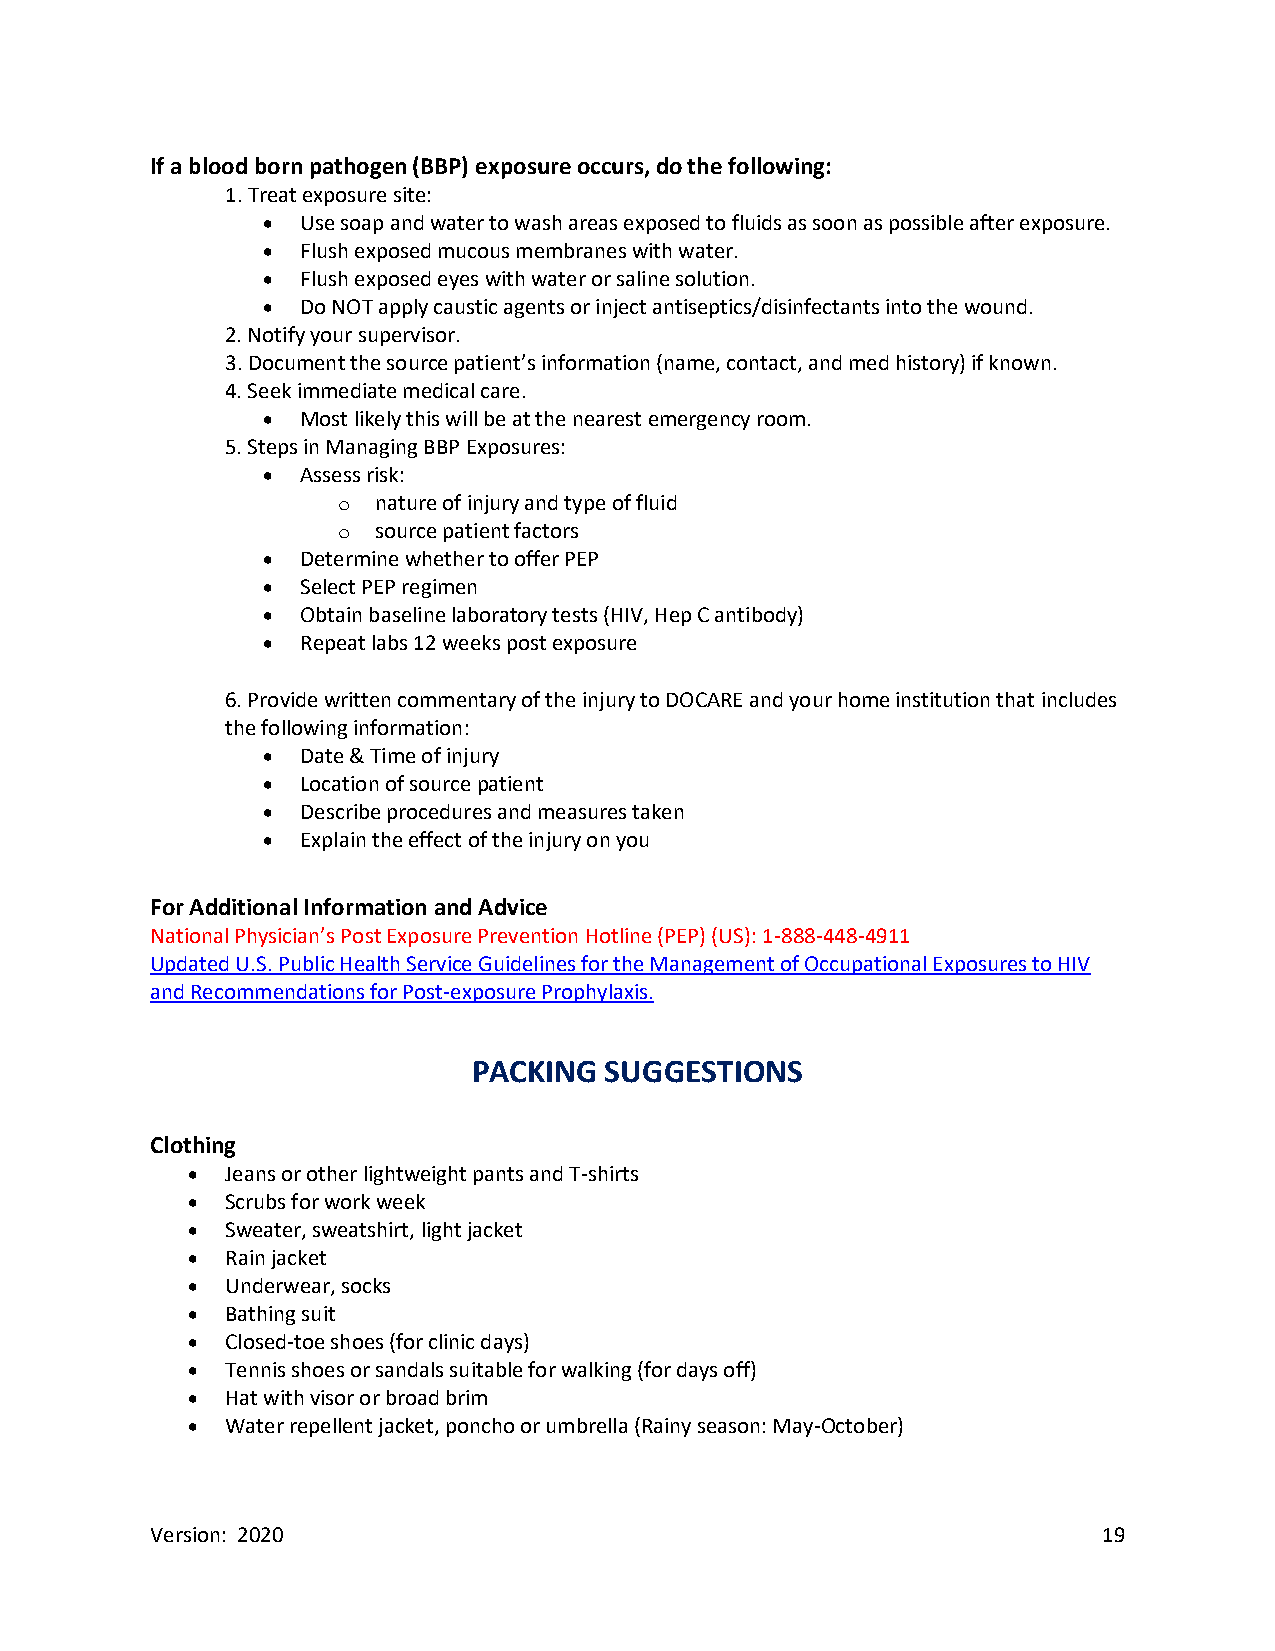
If a blood born pathogen (BBP) exposure occurs, do the following:
 1. Treat exposure site:
 •  Use soap and water to wash areas exposed to fluids as soon as possible after exposure.
 •  Flush exposed mucous membranes with water.
 •  Flush exposed eyes with water or saline solution.
 •  Do NOT apply caustic agents or inject antiseptics/disinfectants into the wound.
 2. Notify your supervisor.
 3. Document the source patient’s information (name, contact, and med history) if known.
 4. Seek immediate medical care.
 •  Most likely this will be at the nearest emergency room.
 5. Steps in Managing BBP Exposures:
 •  Assess risk:
 o  nature of injury and type of fluid
 o  source patient factors
 •  Determine whether to offer PEP
 •  Select PEP regimen
 •  Obtain baseline laboratory tests (HIV, Hep C antibody)
 •  Repeat labs 12 weeks post exposure
 6. Provide written commentary of the injury to DOCARE and your home institution that includes
 the following information:
 •  Date & Time of injury
 •  Location of source patient
 •  Describe procedures and measures taken
 •  Explain the effect of the injury on you
 For Additional Information and Advice
 National Physician’s Post Exposure Prevention Hotline (PEP) (US): 1-888-448-4911
 Updated U.S. Public Health Service Guidelines for the Management of Occupational Exposures to HIV
 and Recommendations for Post-exposure Prophylaxis.
 PACKING  SUGGESTIONS
 Clothing
 •  Jeans or other lightweight pants and T-shirts
 •  Scrubs for work week
 •  Sweater, sweatshirt, light jacket
 •  Rain jacket
 •  Underwear, socks
 •  Bathing suit
 •  Closed-toe shoes (for clinic days)
 •  Tennis shoes or sandals suitable for walking (for days off)
 •  Hat with visor or broad brim
 •  Water repellent jacket, poncho or umbrella (Rainy season: May-October)
 Version: 2020                                                  19